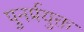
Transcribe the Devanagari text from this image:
पुनर्प्रयुक्त